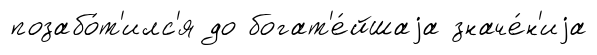
позабо́т'илс'я до богат'е́йшаjа значе́н'иjа